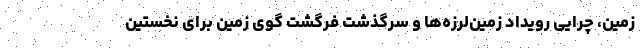
زمین، چرایی رویداد زمین‌لرزه‌ها و سرگذشت فرگشت گوی زمین برای نخستین